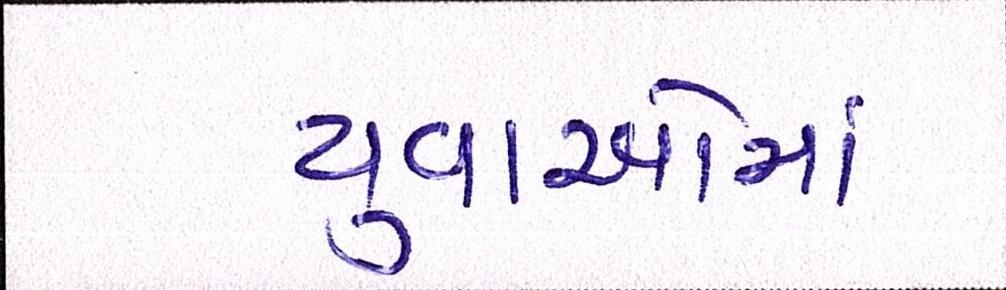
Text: યુવાઓમાં